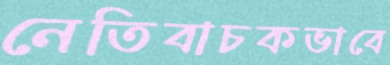
নেতিবাচকভাবে